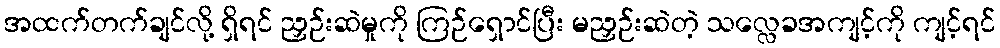
အထက်တက်ချင်လို့ ရှိရင် ညှဉ်းဆဲမှုကို ကြဉ်ရှောင်ပြီး မညှဉ်းဆဲတဲ့ သလ္လေခအကျင့်ကို ကျင့်ရင်